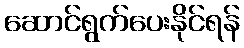
ဆောင်ရွက်ပေးနိုင်ရန်